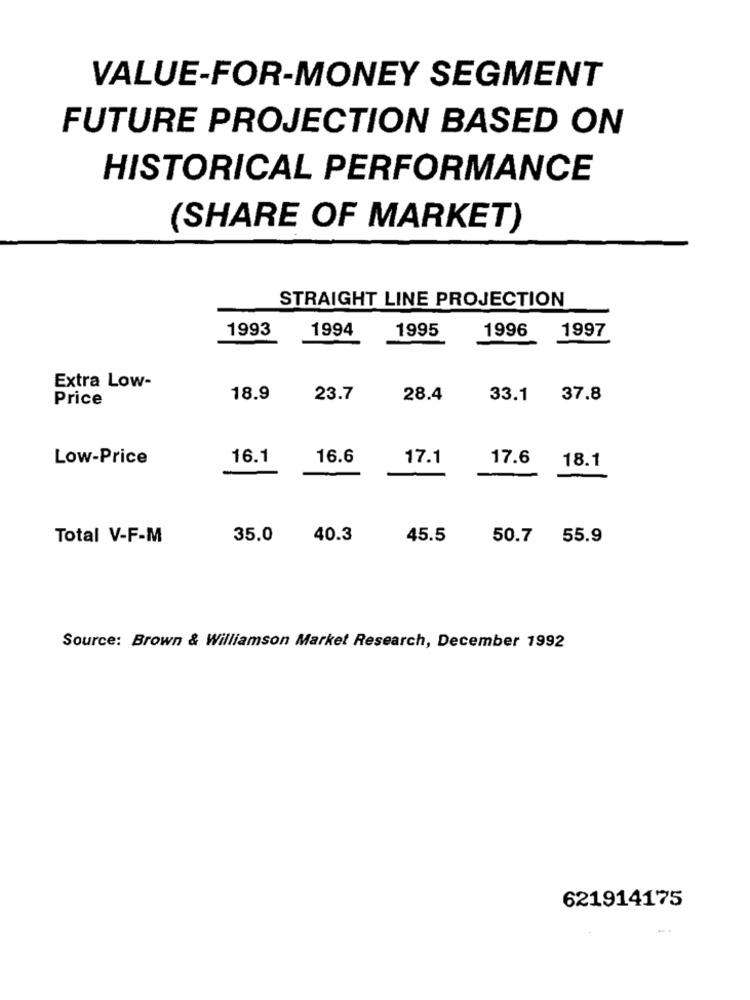
VALUE-FOR-MONEY SEGMENT
FUTURE PROJECTION BASED ON
HISTORICAL PERFORMANCE
(SHARE OF MARKET)
STRAIGHT LINE PROJECTION
1993
1994
1995
1996
1997
Extra Low-
Price
18.9
23.7
28.4
33.1 37.8
Low-Price
16.1
16.6
17.1
17.6
18.1
Total V-F-M
35.0
40.3
45.5
50.7
55.9
Source: Brown & Williamson Market Research, December 1992
621914175